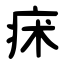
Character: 㾁